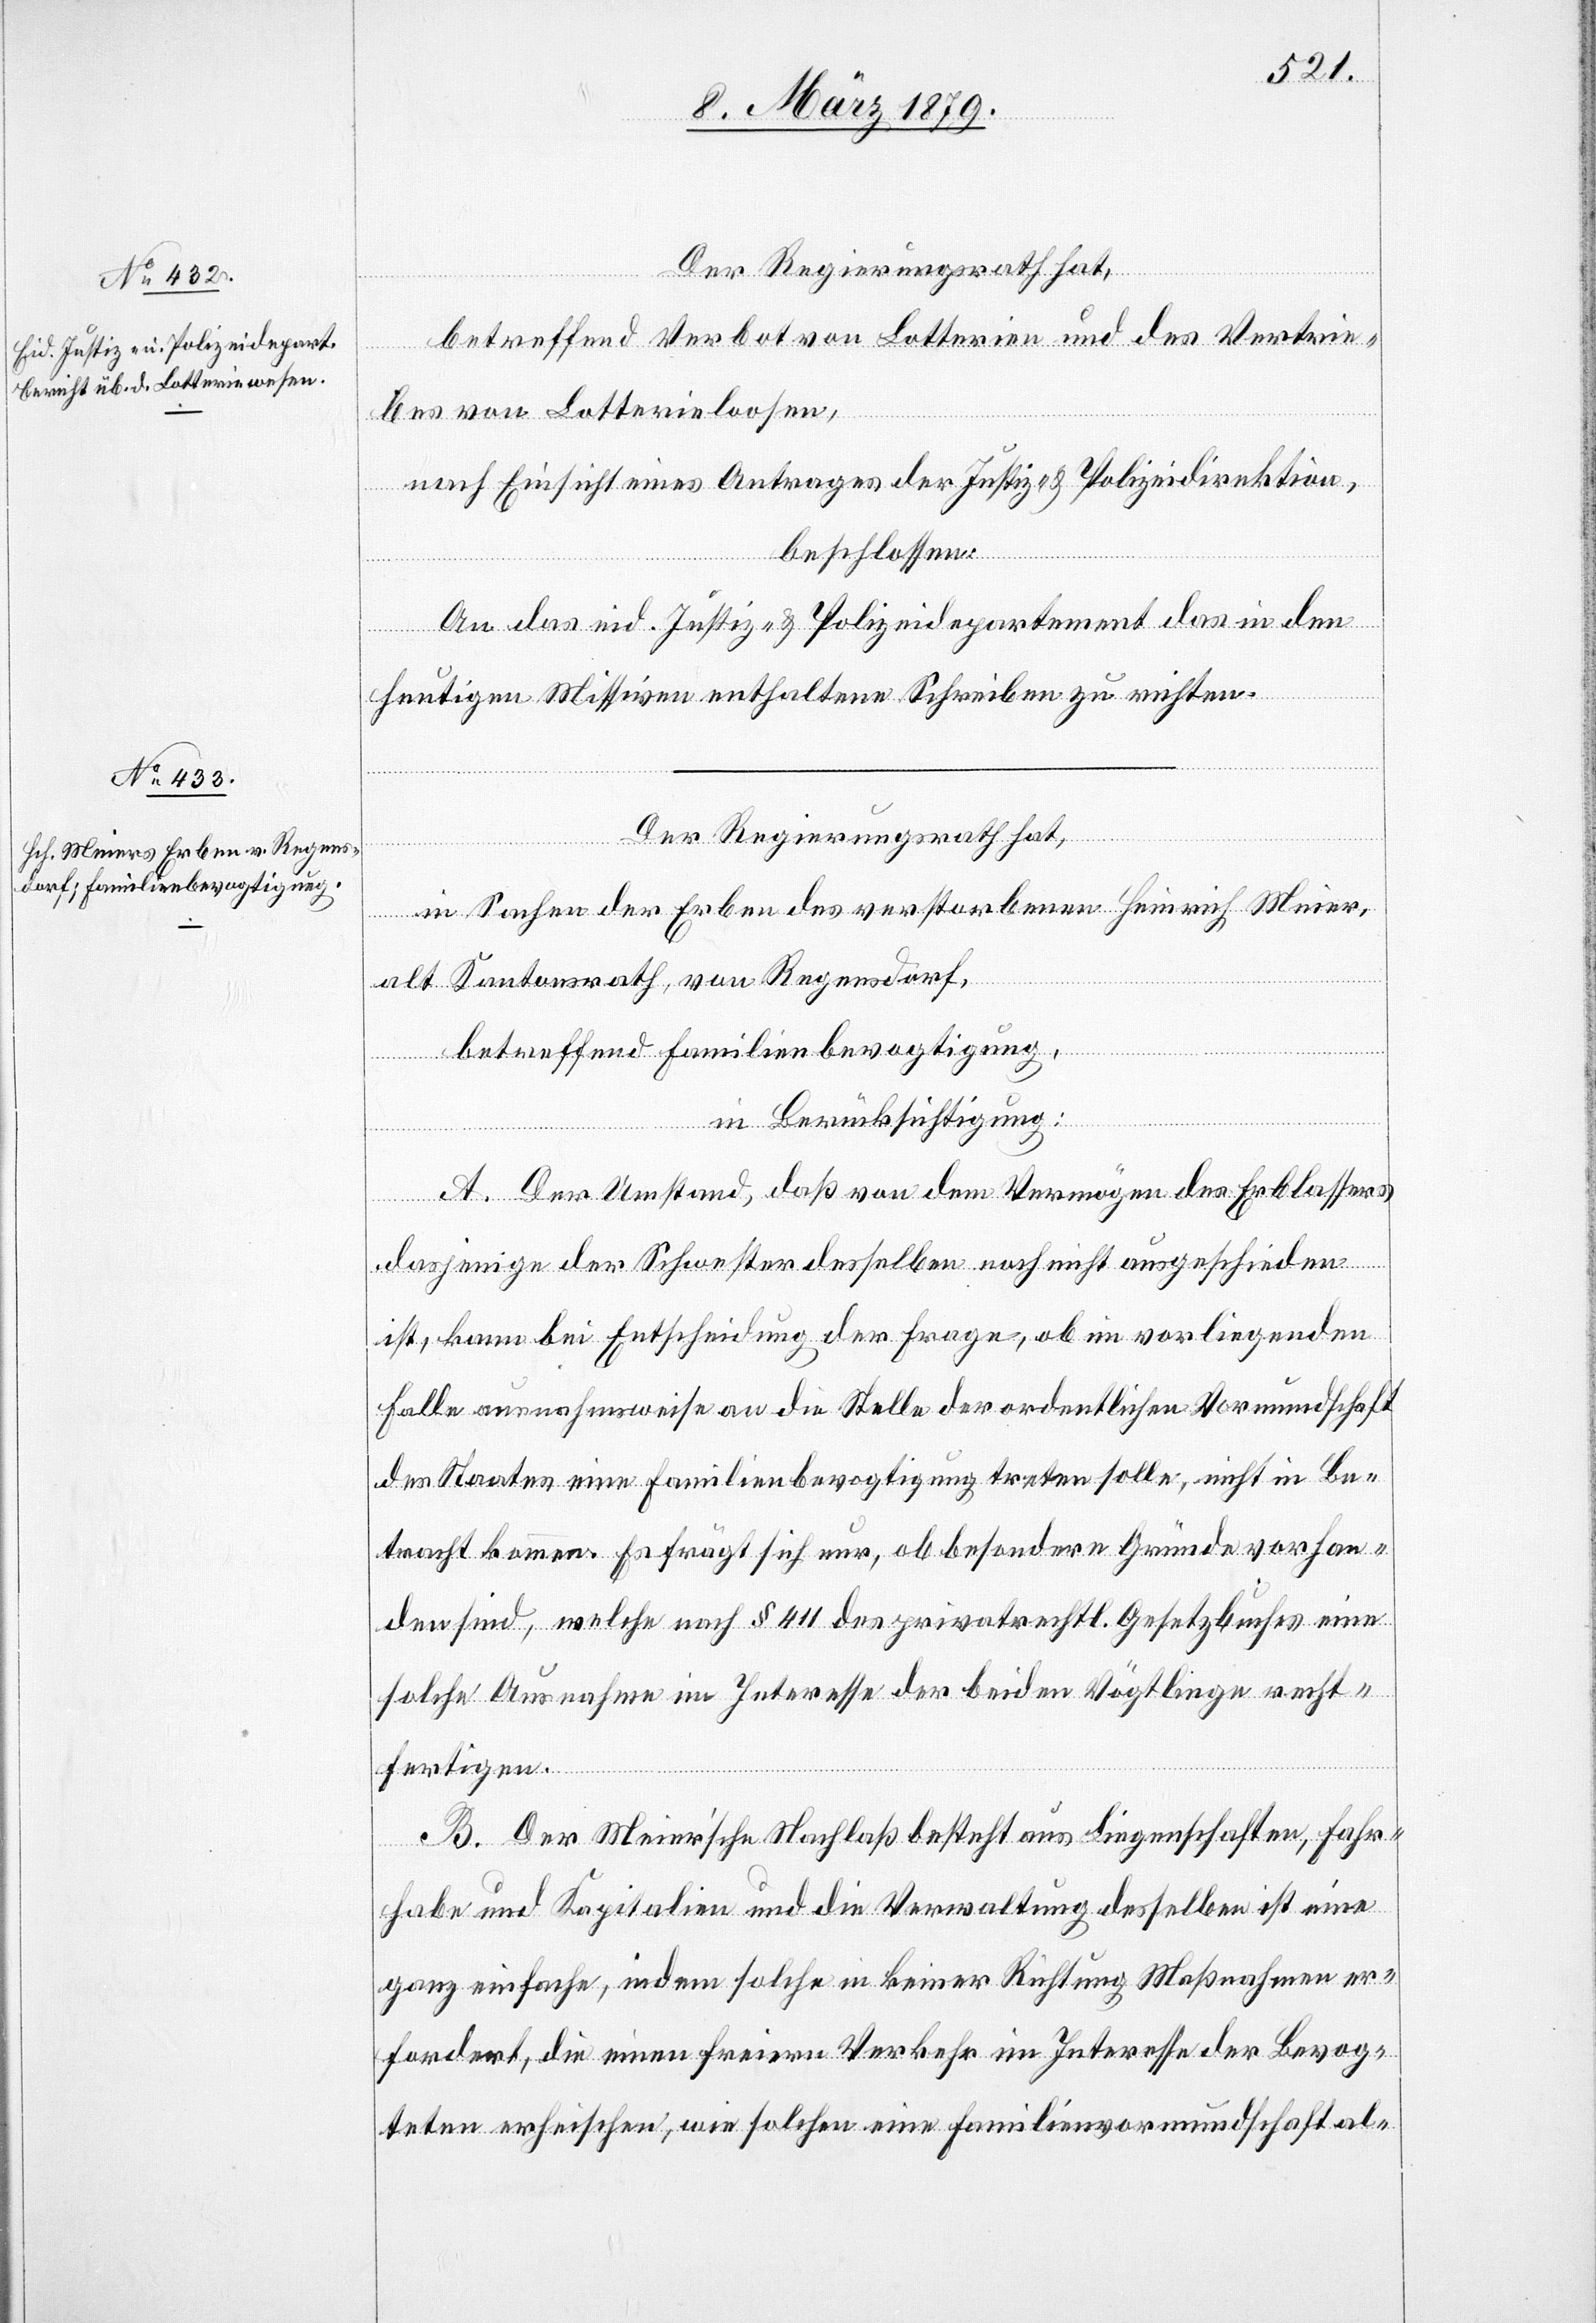
Der Regierungsrath hat,
betreffend Verbot von Lotterien und des Vertrie¬
bes von Lotterieloosen,
nach Einsicht eines Antrages der Justiz- & Polizeidirektion,
beschlossen:
An das eid. Justiz- & Polizeidepartement das in den
heutigen Missiven enthaltene Schreiben zu richten.
Der Regierungsrath hat,
in Sachen der Erben des verstorbenen Heinrich Meier,
alt Kantonsrath, von Regensdorf,
betreffend Familienbevogtigung,
in Berücksichtigung:
A. Der Umstand, daß von dem Vermögen des Erblassers
dasjenige der Schwester desselben noch nicht ausgeschieden
ist, kann bei Entscheidung der Frage, ob im vorliegenden
Falle ausnahmsweise an die Stelle der ordentlichen Vormundschaft
des Staates eine Familienbevogtigung treten solle, nicht in Be¬
tracht kommen. Es frägt sich nur, ob besondere Gründe vorhan¬
den sind, welche nach § 411 des privatrechtl. Gesetzbuches eine
solche Ausnahme im Interesse der beiden Vögtlinge recht¬
fertigen.
B. Der Meier’sche Nachlaß besteht aus Liegenschaften, Fahr¬
habe und Kapitalien und die Verwaltung desselben ist eine
ganz einfache Sache, indem solche in keiner Richtung Maßnahmen er¬
fordert, die einen freien Verkehr im Interesse der Bevog¬
teten erheischen, wie solchen eine Familienvormundschaft al-